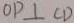
O P \bot C D